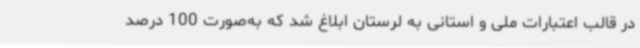
در قالب اعتبارات ملی و استانی به لرستان ابلاغ شد که به‌صورت 100 درصد